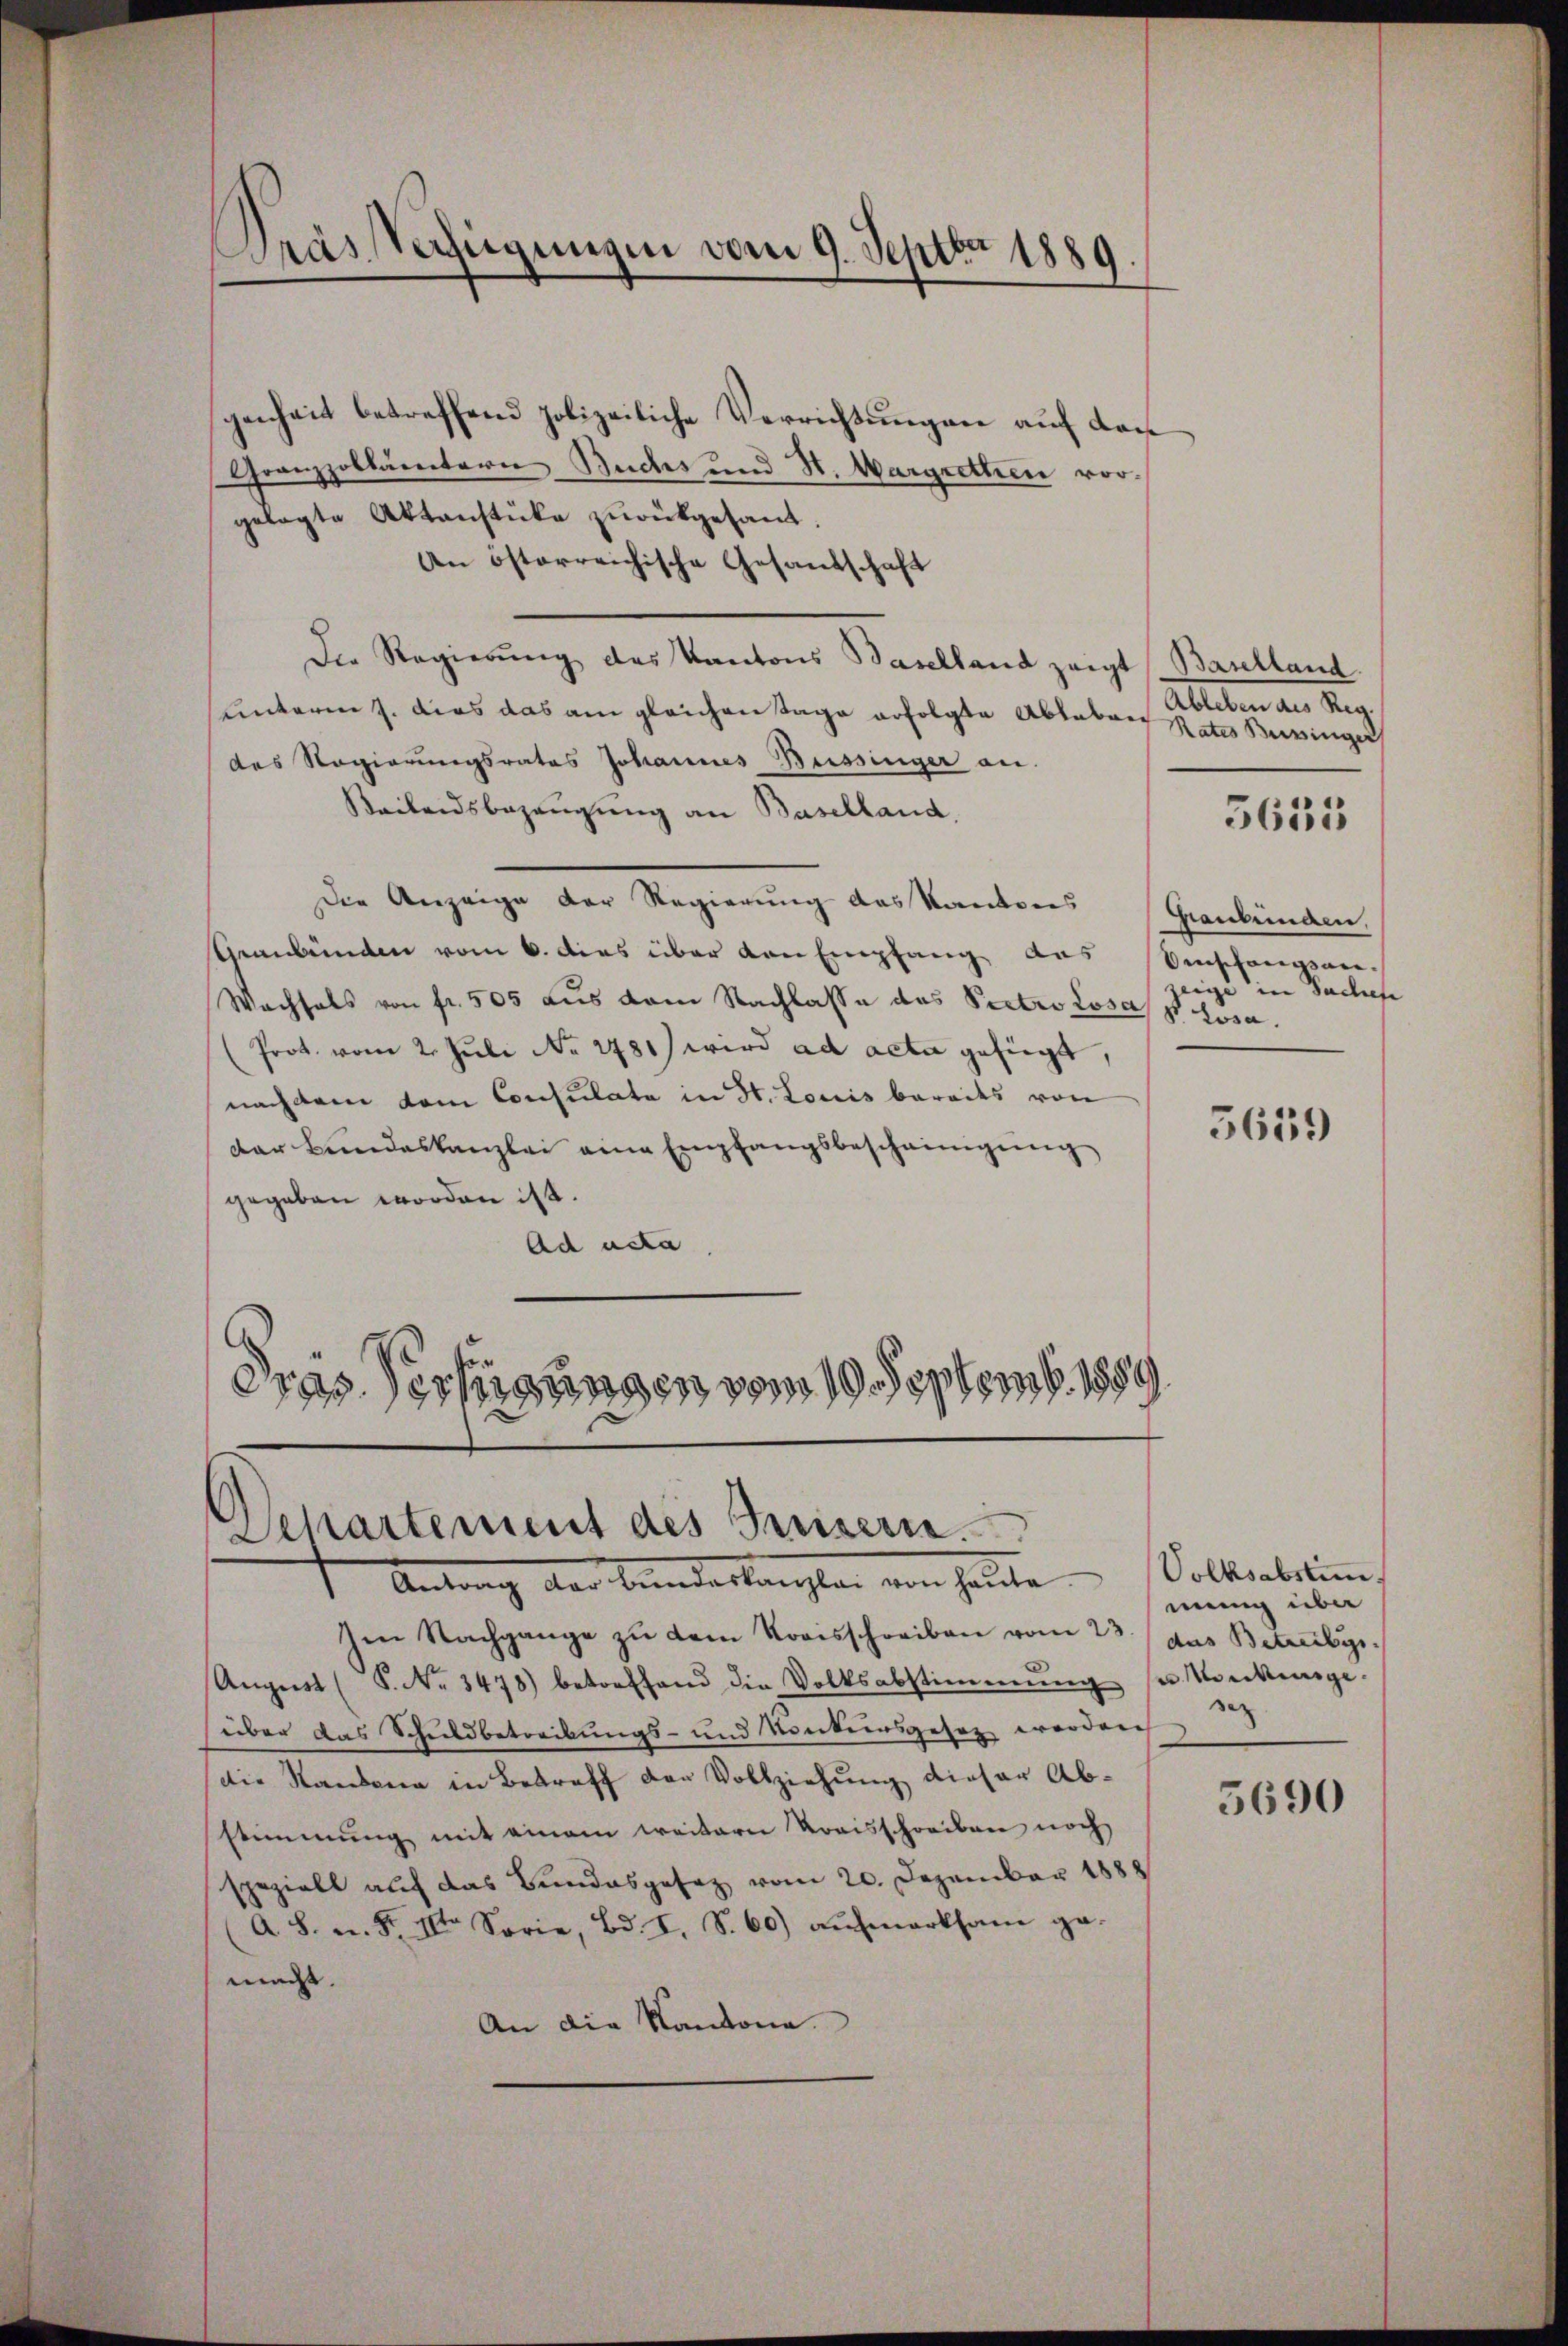
Träs Verfügungen vom 9. Septbr 1889

genheit betreffend polizeiliche Verrichtungen auf dan
Granzpollämtern Buches und St. Margretten vorgelegte Aktenstücke zŭrückgesandt.
An österreichische Gesandschaft
Die Regierŭng des Kantons Baselland zeigt Baselland
unterm 7. dies das am gleichen Tage erfolgte Ableben Ableben des Reg.
des Regierungsrates Johannes Bessinger an.
Beilandsbezeugung an Baselland,
Die Anzeige der Regierung das Kantons (Graubünden.
Graubünden vom 6. dies über von Empfang des Einschangsar¬
Wachsels von fr. 505 aus dem Nachlasse des Pectro losass Losa.
(Prot. vom 2. Jŭli No 2781) wird ad acta gefügt,
nachdem dem Consulata in St. Louis bereits von
dar Bundeskanzlei eine Empfangsbescheinigung
gegeben worden ist.
Ad acta
Dras Verfügungen vom 19. Septemb. 1889

Departement des Kreisern.
1 Antrag der Bunderlangten von heute

Im Nachgange zŭ dem Kreisschreiben vom 23. das Betreibg
August (S. Nr. 3478) betreffend die Volksabstimmung
über das Schuldbetreibungs- und Konkursgesetz werden
die Standena in Betreff den Vollziehung dieser Abstimmung mit einem weitern Kraisschreiben noch
speziell auf das Bundesgesez vom 20. Dezember 1888
A. S. n. F. IIter Sorie, Bd. I, S. 60) aŭfmerksam ge-
macs.
An die Kantona

Rates Bussinger

5635

zeige in Sachen

5659

Volksabsten
mung über
kinge
sez

5690